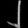
Digit: ၂